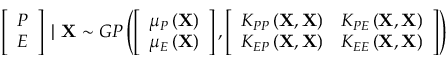
\left[ \begin{array} { c } { P } \\ { E } \end{array} \right] \mid \mathbf { X } \sim G P \left( \left[ \begin{array} { c } { \mu _ { P } \left( \mathbf { X } \right) } \\ { \mu _ { E } \left( \mathbf { X } \right) } \end{array} \right] , \left[ \begin{array} { c c } { K _ { P P } \left( \mathbf { X } , \mathbf { X } \right) } & { K _ { P E } \left( \mathbf { X } , \mathbf { X } \right) } \\ { K _ { E P } \left( \mathbf { X } , \mathbf { X } \right) } & { K _ { E E } \left( \mathbf { X } , \mathbf { X } \right) } \end{array} \right] \right)